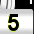
Digit: 5